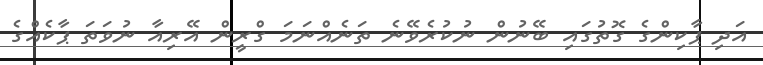
އަދި ޕާކިންގެ ގޮތުގައި ބޭނުން ނުކުރެވޭނެ ތަނެއްނަމަ ގްރީން އޭރިއާ ނުވަތަ ޕާކެއްގެ